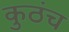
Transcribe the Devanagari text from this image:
कुठंच